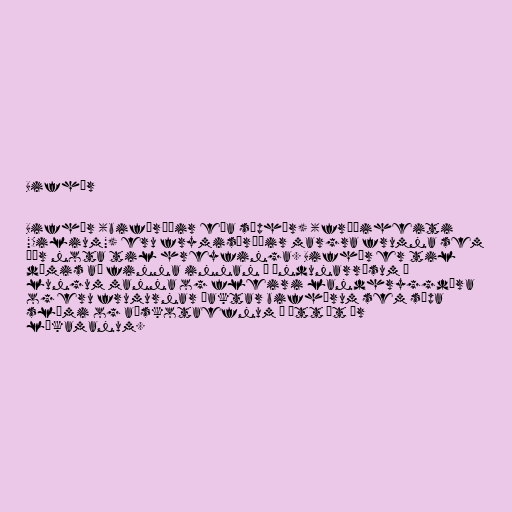
Bifhár

Bifhár (bifþræðir eða sóphár) (fræðiheiti
"Cilium") eru frymisþræðir margra frumna sem
þær nota til hreyfinga. Bifhár er til
dæmis að finna innan á öndunarrásum í
lungum manna og fleiri landhryggdýra
og eru frumurnar þaktar bifhárum sem sópa
slími og aðskotaefnum í átt út úr
líkamanum.